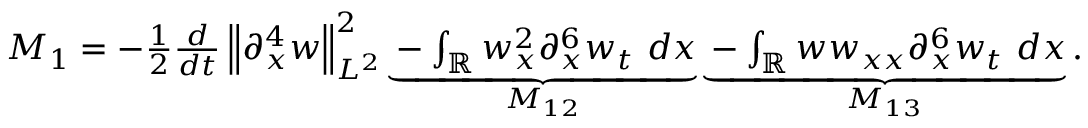
\begin{array} { r } { M _ { 1 } = - \frac { 1 } { 2 } \frac { d } { d t } \left\| \partial _ { x } ^ { 4 } w \right\| _ { L ^ { 2 } } ^ { 2 } \underbrace { - \int _ { \mathbb { R } } w _ { x } ^ { 2 } \partial _ { x } ^ { 6 } w _ { t } \ d x } _ { M _ { 1 2 } } \underbrace { - \int _ { \mathbb { R } } w w _ { x x } \partial _ { x } ^ { 6 } w _ { t } \ d x } _ { M _ { 1 3 } } . } \end{array}